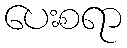
ပေးစရာ